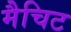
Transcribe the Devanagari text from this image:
मैचिट